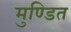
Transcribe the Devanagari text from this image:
मुण्डित